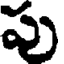
పు